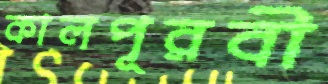
কালপূরবী